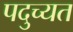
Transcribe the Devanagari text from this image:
पदुच्यत